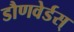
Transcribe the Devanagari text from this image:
डौणवेर्डस्